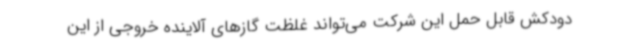
دودکش قابل حمل این شرکت می‌تواند غلظت گازهای آلاینده خروجی از این